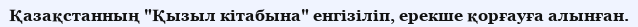
Қазақстанның "Қызыл кітабына" енгізіліп, ерекше қорғауға алынған.